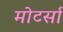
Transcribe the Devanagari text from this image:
मोटर्सा